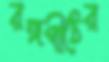
রঙ্গপীঠের